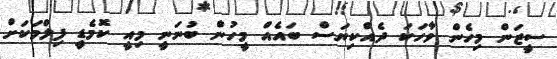
ސީޒަން މިހެން ވާހަކަ ދެއްކިޔަސް ބައެއް މީހުން ބުނަނީ މިއީ ކޮމެޑީ ފިލްމަކަށް